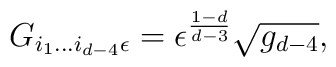
G_{i_{1}...i_{d-4}\epsilon} = \epsilon^{\frac{1-d}{d-3}}\sqrt{g_{d-4}},